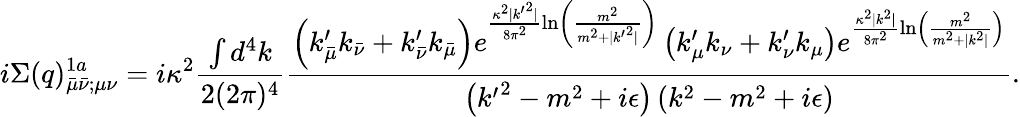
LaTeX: i\Sigma(q)_{\bar{\mu}\bar{\nu};\mu\nu}^{1a}=i\kappa^{2}\frac{\int d^{4}k}{2(2\pi)^{4}}\frac{\left(k_{\bar{\mu}}^{\prime}k_{\bar{\nu}}+k_{\bar{\nu}}^{\prime}k_{\bar{\mu}}\right)e^{\frac{\kappa^{2}|{k^{\prime}}^{2}|}{8\pi^{2}}\ln\left(\frac{m^{2}}{m^{2}+|{k^{\prime}}^{2}|}\right)}\left(k_{\mu}^{\prime}k_{\nu}+k_{\nu}^{\prime}k_{\mu}\right)e^{\frac{\kappa^{2}|k^{2}|}{8\pi^{2}}\ln\left(\frac{m^{2}}{m^{2}+|k^{2}|}\right)}}{\left({k^{\prime}}^{2}-m^{2}+i\epsilon\right)\left(k^{2}-m^{2}+i\epsilon\right)}.